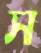
স